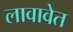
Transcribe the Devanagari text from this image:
लावावेत